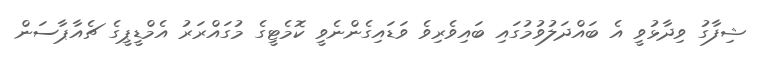
ޝިފާގު ވިދާޅުވީ އެ ބައްދަލުވުމުގައި ބައިވެރިވެ ވަޑައިގެންނެވީ ކޮމެޓީގެ މުގައްރަރު އެމްޑީޕީގެ ޗެއާޕާސަން